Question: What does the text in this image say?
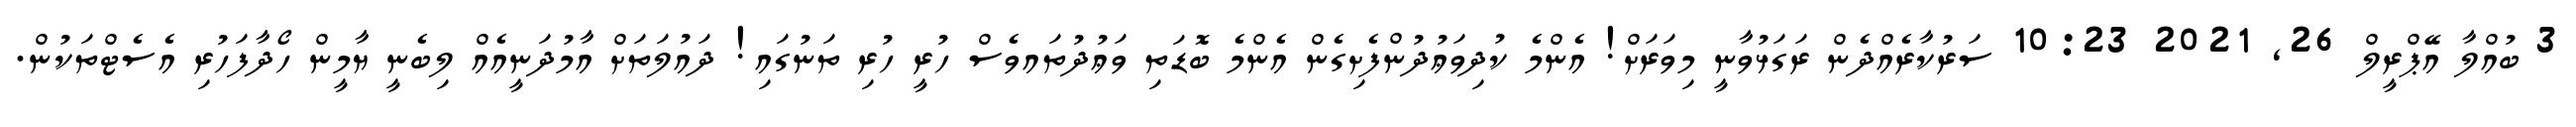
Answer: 3 ބުއްލާ އޭޕްރީލް 26, 2021 10:23 ސަރުކާރެއްދެން ރަގަޅުވާނީ މިވަރަށް! އެންމެ ކުދިވަޢުދުންފެށިގެން އެންމެ ބޮޑަތި ވަޢުދުތައވެސް ހުރީ ހުރި ތަނުގައި! ދައުލަތަށް އާމުދަނީއެއް ލިބެނީ ޔާމީން ހޯދާފަހުރި އެސެޓްތަކުން.